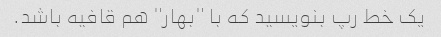
یک خط رپ بنویسید که با "بهار" هم قافیه باشد.